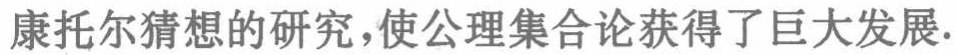
康托尔猜想的研究，使公理集合论获得了巨大发展.